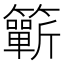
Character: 𥷋